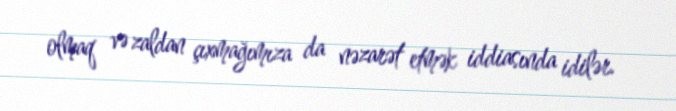
olmaq və zaldan çıxmağımıza da nəzarət etmək iddiasında idilər.